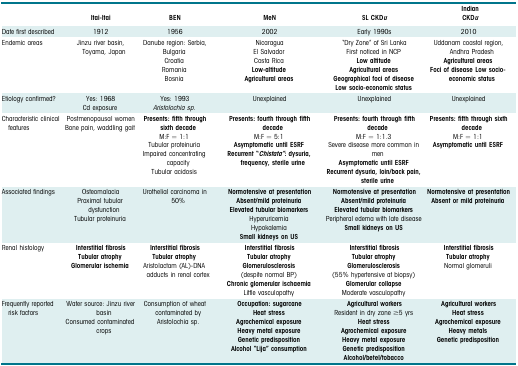
<table><thead><tr><td></td><td><b>Itai-Itai</b></td><td><b>BEN</b></td><td><b>MeN</b></td><td><b>SL CKD<i>u</i></b></td><td><b>IndianCKD<i>u</i></b></td></tr></thead><tbody><tr><td>Date first described</td><td>1912</td><td>1956</td><td>2002</td><td>Early 1990s</td><td>2010</td></tr><tr><td>Endemic areas</td><td>Jinzu river basin, Toyama, Japan</td><td>Danube region: Serbia,BulgariaCroatiaRomaniaBosnia</td><td>NicaraguaEl SalvadorCosta Rica<b>Low-altitude</b><b>Agricultural areas</b></td><td>“Dry Zone” of Sri LankaFirst noticed in NCP<b>Low altitude</b><b>Agricultural areas</b><b>Geographical foci of disease</b><b>Low socio-economic status</b></td><td>Uddanam coastal region, Andhra Pradesh<b>Agricultural areas</b><b>Foci of disease Low socio-economic status</b></td></tr><tr><td>Etiology confirmed?</td><td>Yes: 1968Cd exposure</td><td>Yes: 1993<i>Aristolochia sp.</i></td><td>Unexplained</td><td>Unexplained</td><td>Unexplained</td></tr><tr><td>Characteristic clinical features</td><td>Postmenopausal womenBone pain, waddling gait</td><td><b>Presents: fifth through sixth decade</b>M:F = 1:1Tubular proteinuriaImpaired concentrating capacityTubular acidosis</td><td><b>Presents: fourth through fifth decade</b>M:F = 5:1<b>Asymptomatic until ESRF</b><b>Recurrent “<i>Chistata”</i>: dysuria, frequency, sterile urine</b></td><td><b>Presents: fourth through fifth decade</b>M:F = 1:1.3Severe disease more common in men<b>Asymptomatic until ESRF</b><b>Recurrent dysuria, loin/back pain, sterile urine</b></td><td><b>Presents: fifth through sixth decade</b>M:F = 1:1<b>Asymptomatic until ESRF</b></td></tr><tr><td>Associated findings</td><td>OsteomalaciaProximal tubular dysfunctionTubular proteinuria</td><td>Urothelial carcinoma in 50%</td><td><b>Normotensive at presentation</b><b>Absent/mild proteinuria</b><b>Elevated tubular biomarkers</b>HyperuricemiaHypokalemia<b>Small kidneys on US</b></td><td><b>Normotensive at presentation</b><b>Absent/mild proteinuria</b><b>Elevated tubular biomarkers</b>Peripheral edema with late disease<b>Small kidneys on US</b></td><td><b>Normotensive at presentation</b><b>Absent or mild proteinuria</b></td></tr><tr><td>Renal histology</td><td><b>Interstitial fibrosis</b><b>Tubular atrophy</b><b>Glomerular ischemia</b></td><td><b>Interstitial fibrosis</b><b>Tubular atrophy</b>Aristolactam (AL)-DNA adducts in renal cortex</td><td><b>Interstitial fibrosis</b><b>Tubular atrophy</b><b>Glomerulosclerosis</b>(despite normal BP)<b>Chronic glomerular ischaemia</b>Little vasculopathy</td><td><b>Interstitial fibrosis</b><b>Tubular atrophy</b><b>Glomerulosclerosis</b>(55% hypertensive at biopsy)<b>Glomerular collapse</b>Moderate vasculopathy</td><td><b>Interstitial fibrosis</b><b>Tubular atrophy</b>Normal glomeruli</td></tr><tr><td>Frequently reported risk factors</td><td>Water source: Jinzu river basinConsumed contaminated crops</td><td>Consumption of wheat contaminated by Aristolochia sp.</td><td><b>Occupation: sugarcane</b><b>Heat stress</b><b>Agrochemical exposure</b><b>Heavy metal exposure</b><b>Genetic predisposition</b><b>Alcohol “Lija” consumption</b></td><td><b>Agricultural workers</b>Resident in dry zone ≥5 yrs<b>Heat stress</b><b>Agrochemical exposure</b><b>Heavy metal exposure</b><b>Genetic predisposition</b><b>Alcohol/betel/tobacco</b></td><td><b>Agricultural workers</b><b>Heat stress</b><b>Agrochemical exposure</b><b>Heavy metals</b><b>Genetic predisposition</b></td></tr></tbody></table>